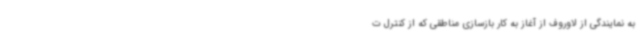
به نمایندگی از لاوروف از آغاز به کار بازسازی مناطقی که از کنترل ت